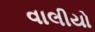
વાલીયો